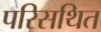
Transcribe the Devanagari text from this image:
परिसथित